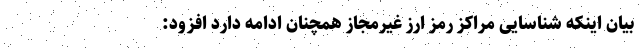
بیان اینکه شناسایی مراکز رمز ارز غیرمجاز همچنان ادامه دارد افزود: